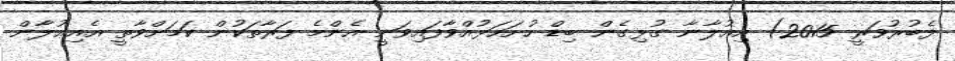
ފެބުރުވަރީ 2015) އިޢުލާނާ ގުޅިގެން ބިޑް ހުށަހަޅުއްވާފައިވަނީ އެންމެ ފަރާތަކުން ކަމަށްވާތީ އެއިޢުލާން